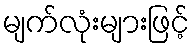
မျက်လုံးများဖြင့်